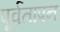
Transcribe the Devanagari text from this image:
पूर्वतापन